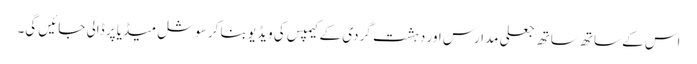
اس کے ساتھ ساتھ جعلی مدارس اور دہشت گردی کے کیمپس کی ویڈیو بنا کر سوشل میڈیا پر ڈالی جائیں گی۔